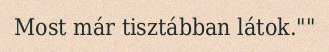
Most már tisztábban látok.""